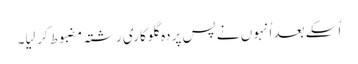
اُسکے بعد اُنہوں نے پس پردہ گلوکاری رشتہ مضبوط کر لِیا۔